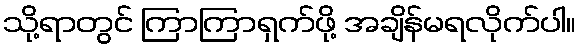
သို့ရာတွင် ကြာကြာရှက်ဖို့ အချိန်မရလိုက်ပါ။